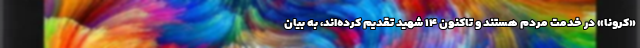
«کرونا» در خدمت مردم هستند و ‌تاکنون ۱۴ شهید تقدیم کرده‌اند، به بیان